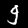
Digit: 9